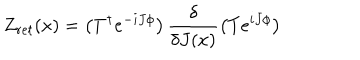
LaTeX: Z _ { r e t } ( x ) = \left( T ^ { \dagger } e ^ { - i J \phi } \right) \frac { \delta } { \delta J ( x ) } \left( T e ^ { i J \phi } \right)